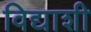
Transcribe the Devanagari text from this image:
विद्याशी